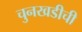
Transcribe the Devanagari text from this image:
चुनखडीची